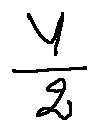
\frac { Y } { 2 }